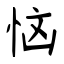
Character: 恼